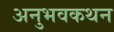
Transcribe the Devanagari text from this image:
अनुभवकथन